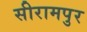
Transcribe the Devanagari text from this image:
सीरामपुर